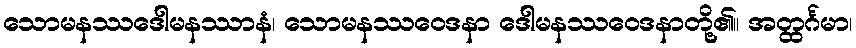
သောမနဿဒေါမနဿာနံ၊ သောမနဿဝေဒနာ ဒေါမနဿဝေဒနာတို့၏။ အတ္ထင်္ဂမာ၊